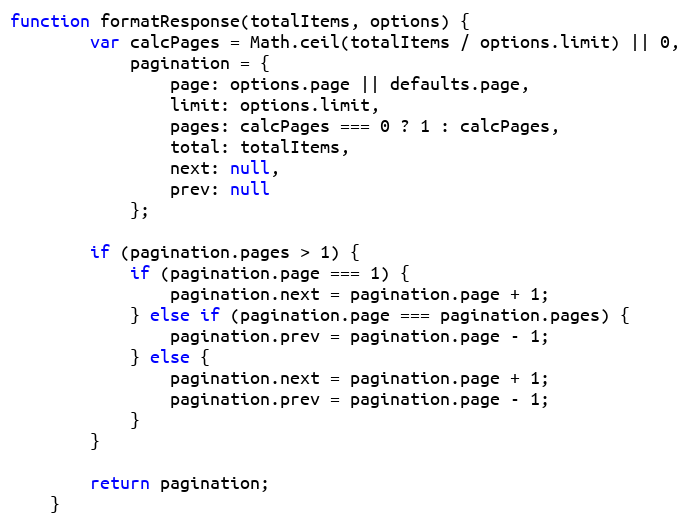
Language: JavaScript
function formatResponse(totalItems, options) {
        var calcPages = Math.ceil(totalItems / options.limit) || 0,
            pagination = {
                page: options.page || defaults.page,
                limit: options.limit,
                pages: calcPages === 0 ? 1 : calcPages,
                total: totalItems,
                next: null,
                prev: null
            };

        if (pagination.pages > 1) {
            if (pagination.page === 1) {
                pagination.next = pagination.page + 1;
            } else if (pagination.page === pagination.pages) {
                pagination.prev = pagination.page - 1;
            } else {
                pagination.next = pagination.page + 1;
                pagination.prev = pagination.page - 1;
            }
        }

        return pagination;
    }